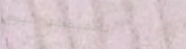
تخفيضات اليوم